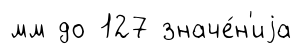
мм до 127 значе́н'иjа